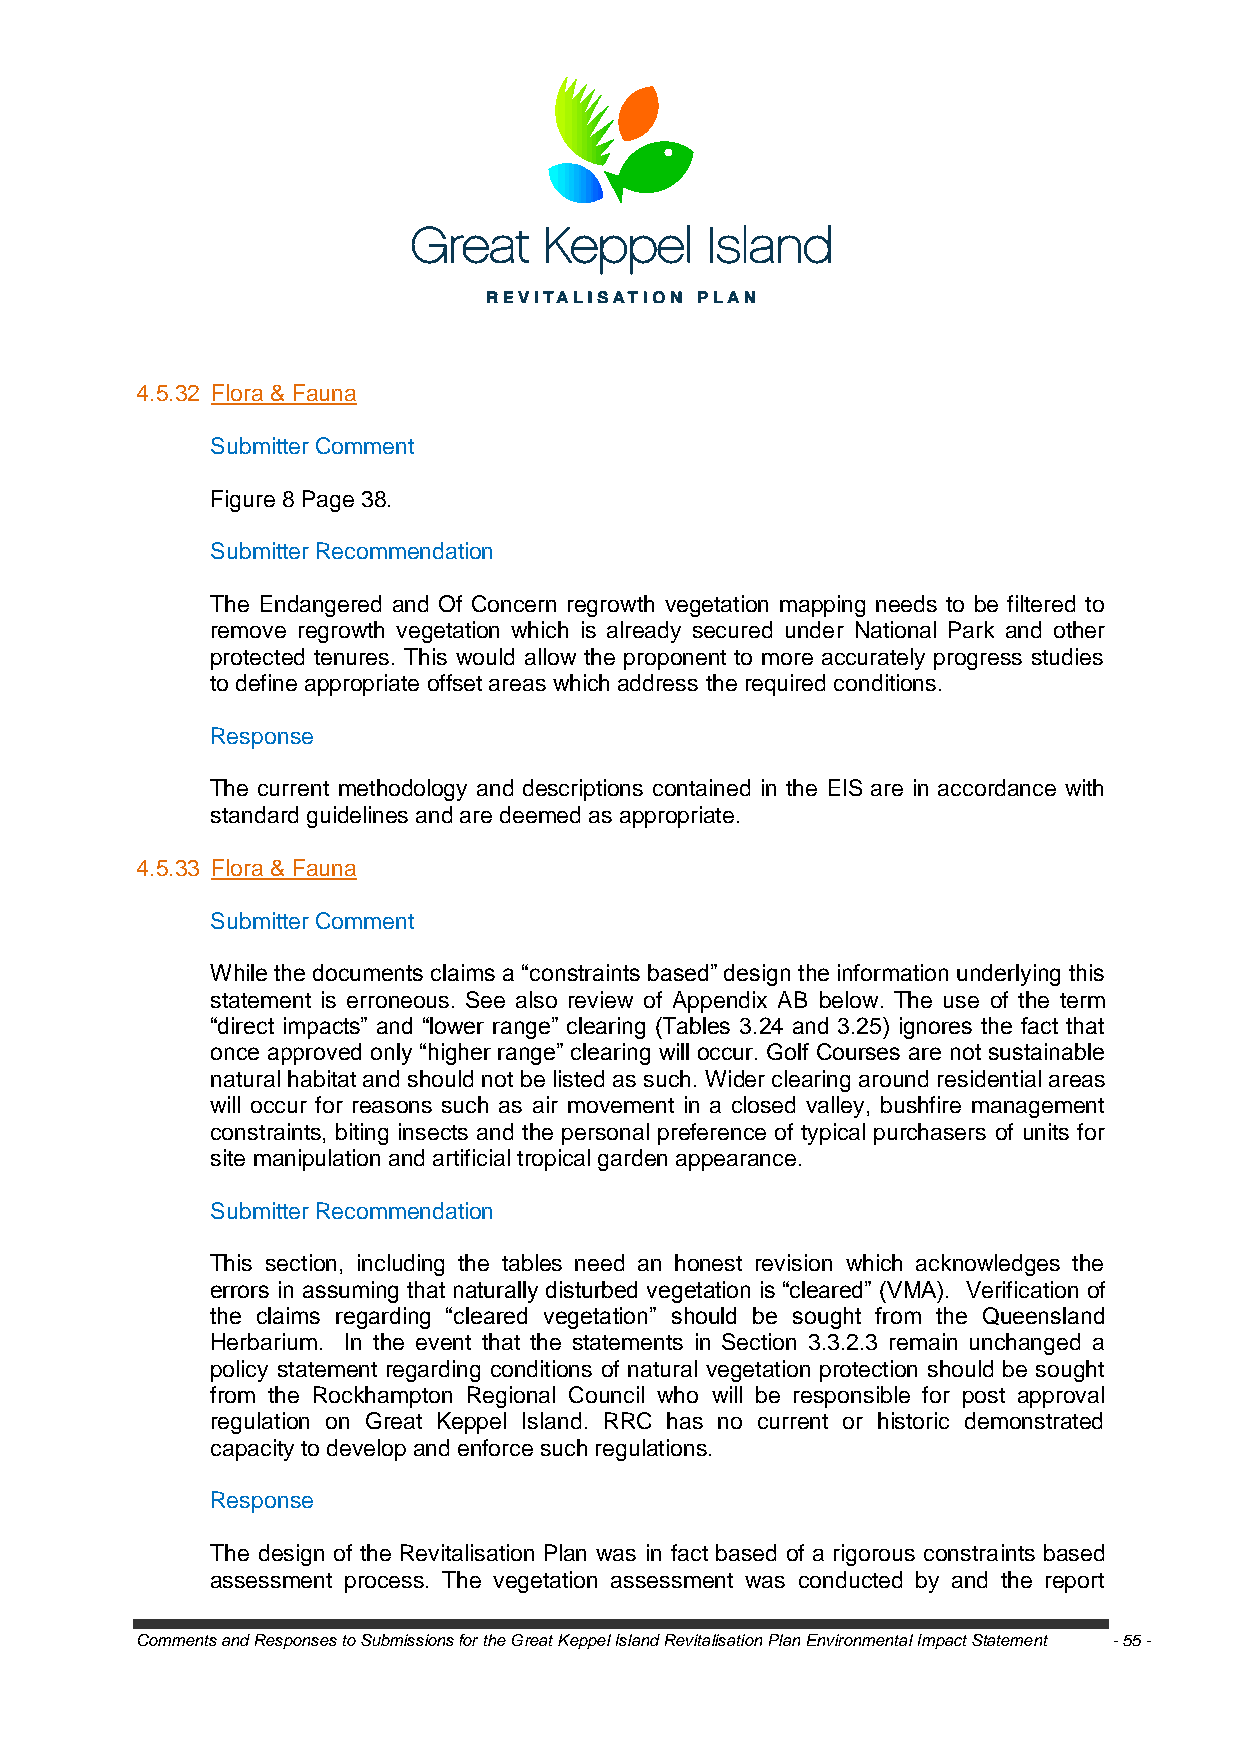
4.5.32 Flora & Fauna
 Submitter Comment
 Figure 8 Page 38.
 Submitter Recommendation
 The Endangered and Of Concern regrowth vegetation mapping needs to be filtered to
 remove regrowth vegetation which is already secured under National Park and other
 protected tenures. This would allow the proponent to more accurately progress studies
 to define appropriate offset areas which address the required conditions.
 Response
 The current methodology and descriptions contained in the EIS are in accordance with
 standard guidelines and are deemed as appropriate.
 4.5.33 Flora & Fauna
 Submitter Comment
 While the documents claims a ―constraints based‖ design the information underlying this
 statement is erroneous. See also review of Appendix AB below. The use of the term
 ―direct impacts‖ and ―lower range‖ clearing (Tables 3.24 and 3.25) ignores the fact that
 once approved only ―higher range‖ clearing will occur. Golf Courses are not sustainable
 natural habitat and should not be listed as such. Wider clearing around residential areas
 will occur for reasons such as air movement in a closed valley, bushfire management
 constraints, biting insects and the personal preference of typical purchasers of units for
 site manipulation and artificial tropical garden appearance.
 Submitter Recommendation
 This section, including the tables need an honest revision which acknowledges the
 errors in assuming that naturally disturbed vegetation is ―cleared‖ (VMA). Verification of
 the claims regarding ―cleared vegetation‖ should be sought from the Queensland
 Herbarium. In the event that the statements in Section 3.3.2.3 remain unchanged a
 policy statement regarding conditions of natural vegetation protection should be sought
 from the Rockhampton Regional Council who will be responsible for post approval
 regulation on Great Keppel Island. RRC has no current or historic demonstrated
 capacity to develop and enforce such regulations.
 Response
 The design of the Revitalisation Plan was in fact based of a rigorous constraints based
 assessment process. The vegetation assessment was conducted by and the report
 Comments and Responses to Submissions for the Great Keppel Island Revitalisation Plan Environmental Impact Statement - 55 -